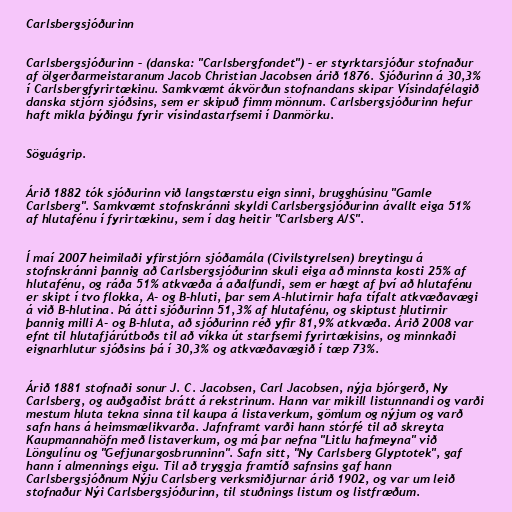
Carlsbergsjóðurinn

Carlsbergsjóðurinn – (danska: "Carlsbergfondet") – er styrktarsjóður stofnaður
af ölgerðarmeistaranum Jacob Christian Jacobsen árið 1876. Sjóðurinn á 30,3%
í Carlsbergfyrirtækinu. Samkvæmt ákvörðun stofnandans skipar Vísindafélagið
danska stjórn sjóðsins, sem er skipuð fimm mönnum. Carlsbergsjóðurinn hefur
haft mikla þýðingu fyrir vísindastarfsemi í Danmörku.

Söguágrip.

Árið 1882 tók sjóðurinn við langstærstu eign sinni, brugghúsinu "Gamle
Carlsberg". Samkvæmt stofnskránni skyldi Carlsbergsjóðurinn ávallt eiga 51%
af hlutafénu í fyrirtækinu, sem í dag heitir "Carlsberg A/S".

Í maí 2007 heimilaði yfirstjórn sjóðamála (Civilstyrelsen) breytingu á
stofnskránni þannig að Carlsbergsjóðurinn skuli eiga að minnsta kosti 25% af
hlutafénu, og ráða 51% atkvæða á aðalfundi, sem er hægt af því að hlutafénu
er skipt í tvo flokka, A- og B-hluti, þar sem A-hlutirnir hafa tífalt atkvæðavægi
á við B-hlutina. Þá átti sjóðurinn 51,3% af hlutafénu, og skiptust hlutirnir
þannig milli A- og B-hluta, að sjóðurinn réð yfir 81,9% atkvæða. Árið 2008 var
efnt til hlutafjárútboðs til að víkka út starfsemi fyrirtækisins, og minnkaði
eignarhlutur sjóðsins þá í 30,3% og atkvæðavægið í tæp 73%.

Árið 1881 stofnaði sonur J. C. Jacobsen, Carl Jacobsen, nýja bjórgerð, Ny
Carlsberg, og auðgaðist brátt á rekstrinum. Hann var mikill listunnandi og varði
mestum hluta tekna sinna til kaupa á listaverkum, gömlum og nýjum og varð
safn hans á heimsmælikvarða. Jafnframt varði hann stórfé til að skreyta
Kaupmannahöfn með listaverkum, og má þar nefna "Litlu hafmeyna" við
Löngulínu og "Gefjunargosbrunninn". Safn sitt, "Ny Carlsberg Glyptotek", gaf
hann í almennings eigu. Til að tryggja framtíð safnsins gaf hann
Carlsbergsjóðnum Nýju Carlsberg verksmiðjurnar árið 1902, og var um leið
stofnaður Nýi Carlsbergsjóðurinn, til stuðnings listum og listfræðum.